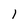
Character: 1